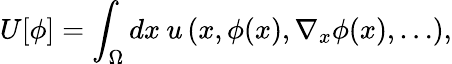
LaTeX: U[\phi]=\int_{\Omega}dx\: u\left(x,\phi(x),\nabla_{x}\phi(x),\dots\right),